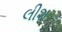
લીશ